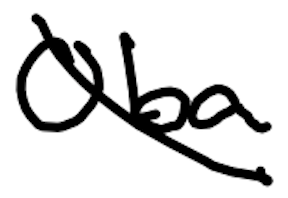
Text: Oba
Cross-out: diagonal
Writing tool: digital_black